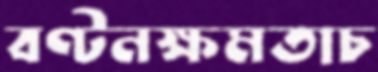
বণ্টনক্ষমতাচ